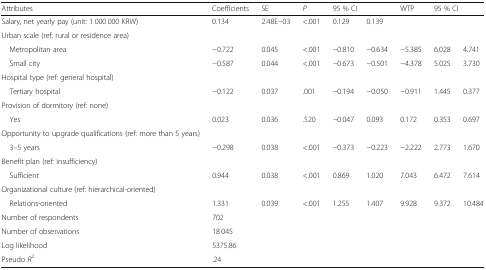
<table><thead><tr><td><b>Attributes</b></td><td><b>Coefficients</b></td><td><b>SE</b></td><td><b><i>P</i></b></td><td colspan="2"><b>95 % CI</b></td><td><b>WTP</b></td><td colspan="2"><b>95 % CI</b></td></tr></thead><tbody><tr><td>Salary, net yearly pay (unit: 1 000 000 KRW)</td><td>0.134</td><td>2.48E−03</td><td>&lt;.001</td><td>0.129</td><td>0.139</td><td></td><td></td><td></td></tr><tr><td>Urban scale (ref: rural or residence area)</td><td></td><td></td><td></td><td></td><td></td><td></td><td></td><td></td></tr><tr><td> Metropolitan area</td><td>−0.722</td><td>0.045</td><td>&lt;.001</td><td>−0.810</td><td>−0.634</td><td>−5.385</td><td>6.028</td><td>4.741</td></tr><tr><td> Small city</td><td>−0.587</td><td>0.044</td><td>&lt;.001</td><td>−0.673</td><td>−0.501</td><td>−4.378</td><td>5.025</td><td>3.730</td></tr><tr><td>Hospital type (ref: general hospital)</td><td></td><td></td><td></td><td></td><td></td><td></td><td></td><td></td></tr><tr><td> Tertiary hospital</td><td>−0.122</td><td>0.037</td><td>.001</td><td>−0.194</td><td>−0.050</td><td>−0.911</td><td>1.445</td><td>0.377</td></tr><tr><td>Provision of dormitory (ref: none)</td><td></td><td></td><td></td><td></td><td></td><td></td><td></td><td></td></tr><tr><td> Yes</td><td>0.023</td><td>0.036</td><td>.520</td><td>−0.047</td><td>0.093</td><td>0.172</td><td>0.353</td><td>0.697</td></tr><tr><td>Opportunity to upgrade qualifications (ref: more than 5 years)</td><td></td><td></td><td></td><td></td><td></td><td></td><td></td><td></td></tr><tr><td> 3–5 years</td><td>−0.298</td><td>0.038</td><td>&lt;.001</td><td>−0.373</td><td>−0.223</td><td>−2.222</td><td>2.773</td><td>1.670</td></tr><tr><td>Benefit plan (ref: insufficiency)</td><td></td><td></td><td></td><td></td><td></td><td></td><td></td><td></td></tr><tr><td> Sufficient</td><td>0.944</td><td>0.038</td><td>&lt;.001</td><td>0.869</td><td>1.020</td><td>7.043</td><td>6.472</td><td>7.614</td></tr><tr><td>Organizational culture (ref: hierarchical-oriented)</td><td></td><td></td><td></td><td></td><td></td><td></td><td></td><td></td></tr><tr><td> Relations-oriented</td><td>1.331</td><td>0.039</td><td>&lt;.001</td><td>1.255</td><td>1.407</td><td>9.928</td><td>9.372</td><td>10.484</td></tr><tr><td>Number of respondents</td><td>702</td><td></td><td></td><td></td><td></td><td></td><td></td><td></td></tr><tr><td>Number of observations</td><td>18 045</td><td></td><td></td><td></td><td></td><td></td><td></td><td></td></tr><tr><td>Log likelihood</td><td>5375.86</td><td></td><td></td><td></td><td></td><td></td><td></td><td></td></tr><tr><td>Pseudo <i>R</i><sup>2</sup></td><td>.24</td><td></td><td></td><td></td><td></td><td></td><td></td><td></td></tr></tbody></table>